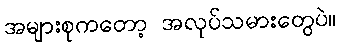
အများစုကတော့ အလုပ်သမားတွေပဲ။